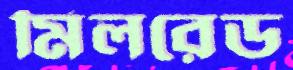
মিলরেড